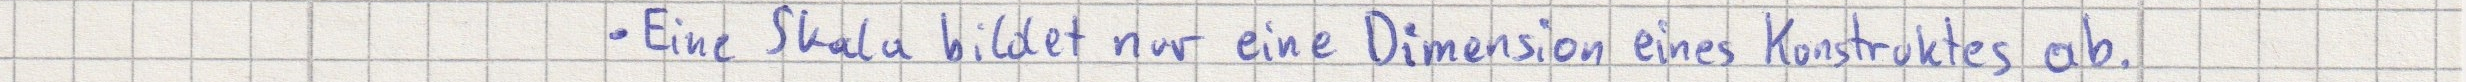
- Eine Skala bildet nur eine Dimension eines Konstruktes ab.